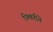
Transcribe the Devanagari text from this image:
फ्किरीने